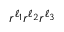
r ^ { \ell _ { 1 } } r ^ { \ell _ { 2 } } r ^ { \ell _ { 3 } }